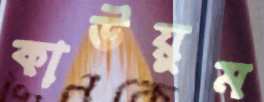
কাউয়ুম